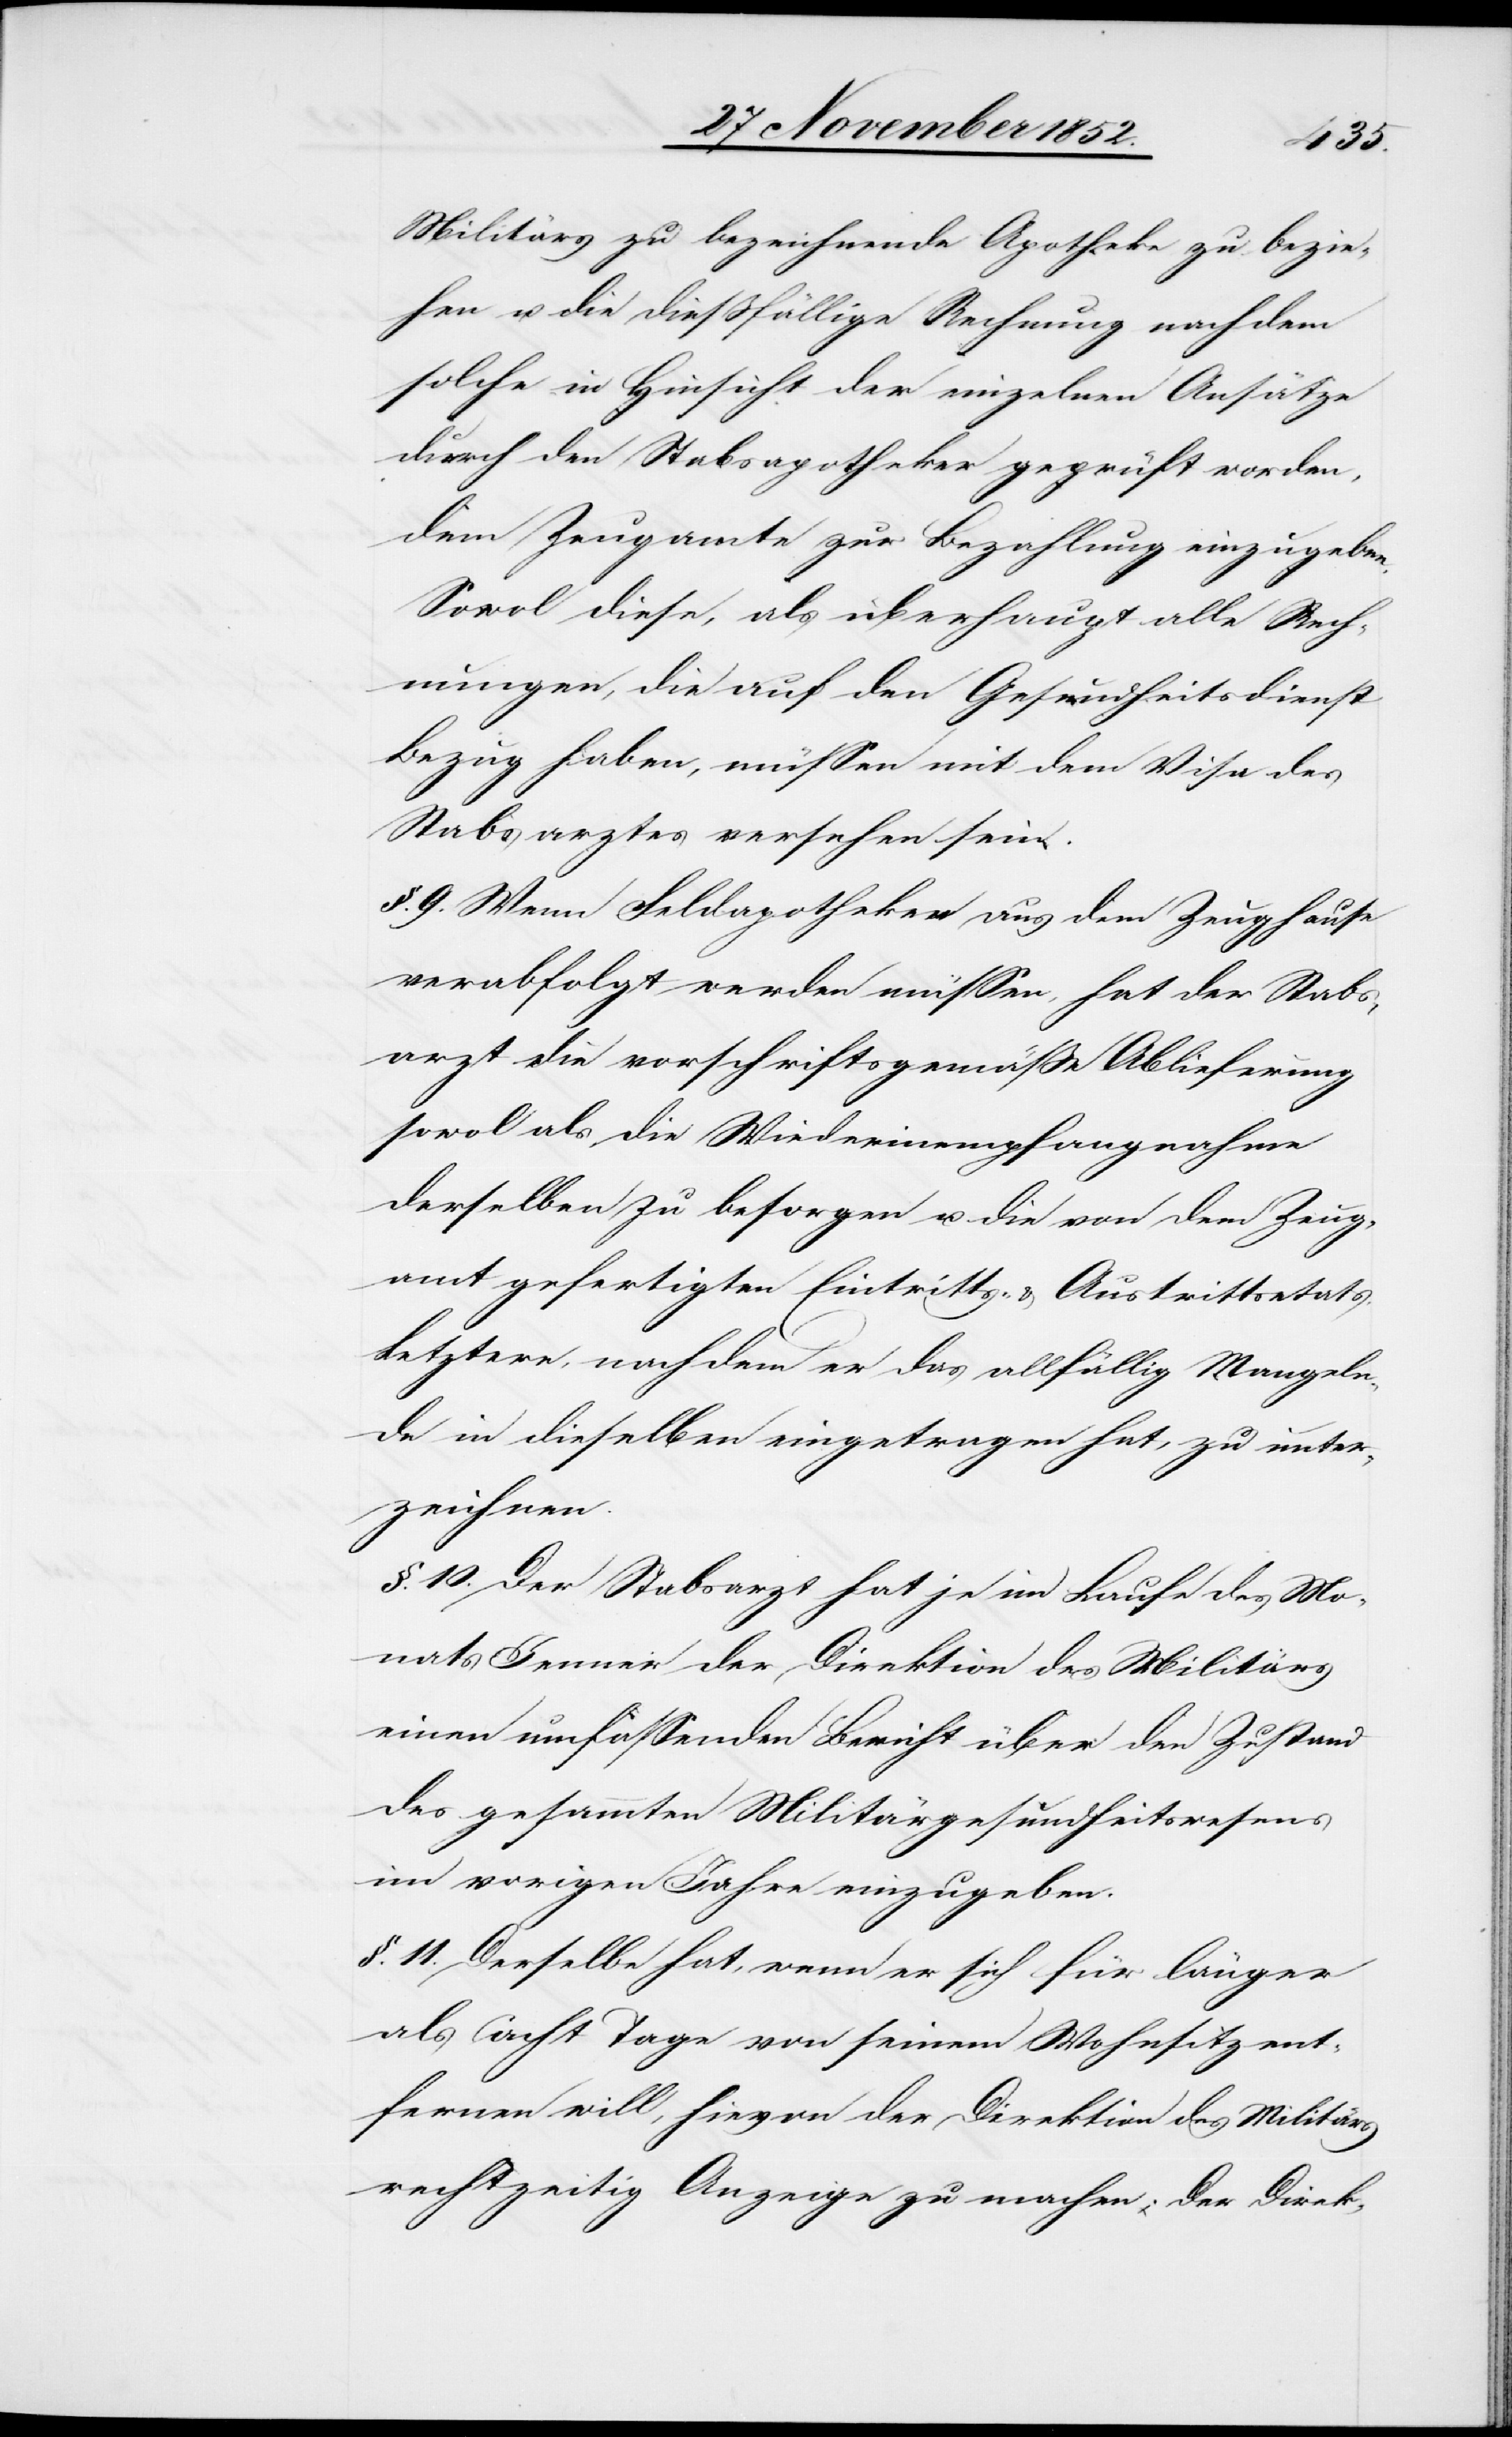
Militärs zu bezeichnende Apotheke zu bezie¬
hen u. die dießfällige Rechnung nachdem
solche in Hinsicht der einzelnen Ansätze
durch den Stabsapotheker geprüft worden,
dem Zeugamte zur Bezahlung einzugeben.
Sowol diese, als überhaupt alle Rech¬
nungen, die auf den Gesundheitsdienst
Bezug haben, müssen mit dem Visa des
Stabsarztes versehen sein.
§. 9. Wenn Feldapotheken aus dem Zeughause
verabfolgt werden müssen, hat der Stabs¬
arzt die vorschriftsgemäße Ablieferung
sowol als die Wiederinempfangnahme
derselben zu besorgen u. die von dem Zeug¬
amt gefertigten Eintritts- & Austrittsetats,
Letztere, nachdem er das allfällig Mangeln¬
de in dieselben eingetragen hat, zu unter¬
zeichnen.
§. 10. Der Stabsarzt hat je im Laufe des Mo¬
nats Jenner der Direktion des Militärs
einen umfassenden Bericht über den Zustand
des gesammten Militärgesundheitswesens
im vorigen Jahre einzugeben.
§. 11. Derselbe hat, wenn er sich für länger
als acht Tage von seinem Wohnsitz ent¬
fernen will, hievon der Direktion des Militärs
rechtzeitig Anzeige zu machen. Der Direk-